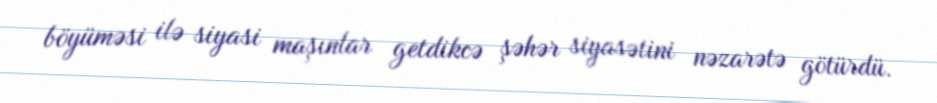
böyüməsi ilə siyasi maşınlar getdikcə şəhər siyasətini nəzarətə götürdü.